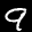
Label: 9